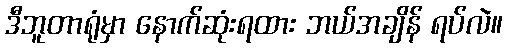
ဒီဘူတာရုံမှာ နောက်ဆုံးရထား ဘယ်အချိန် ရပ်လဲ။